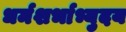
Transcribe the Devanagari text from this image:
धर्मशर्भाभ्युदय